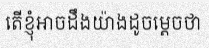
តើខ្ញុំអាចដឹងយ៉ាងដូចម្តេចថា